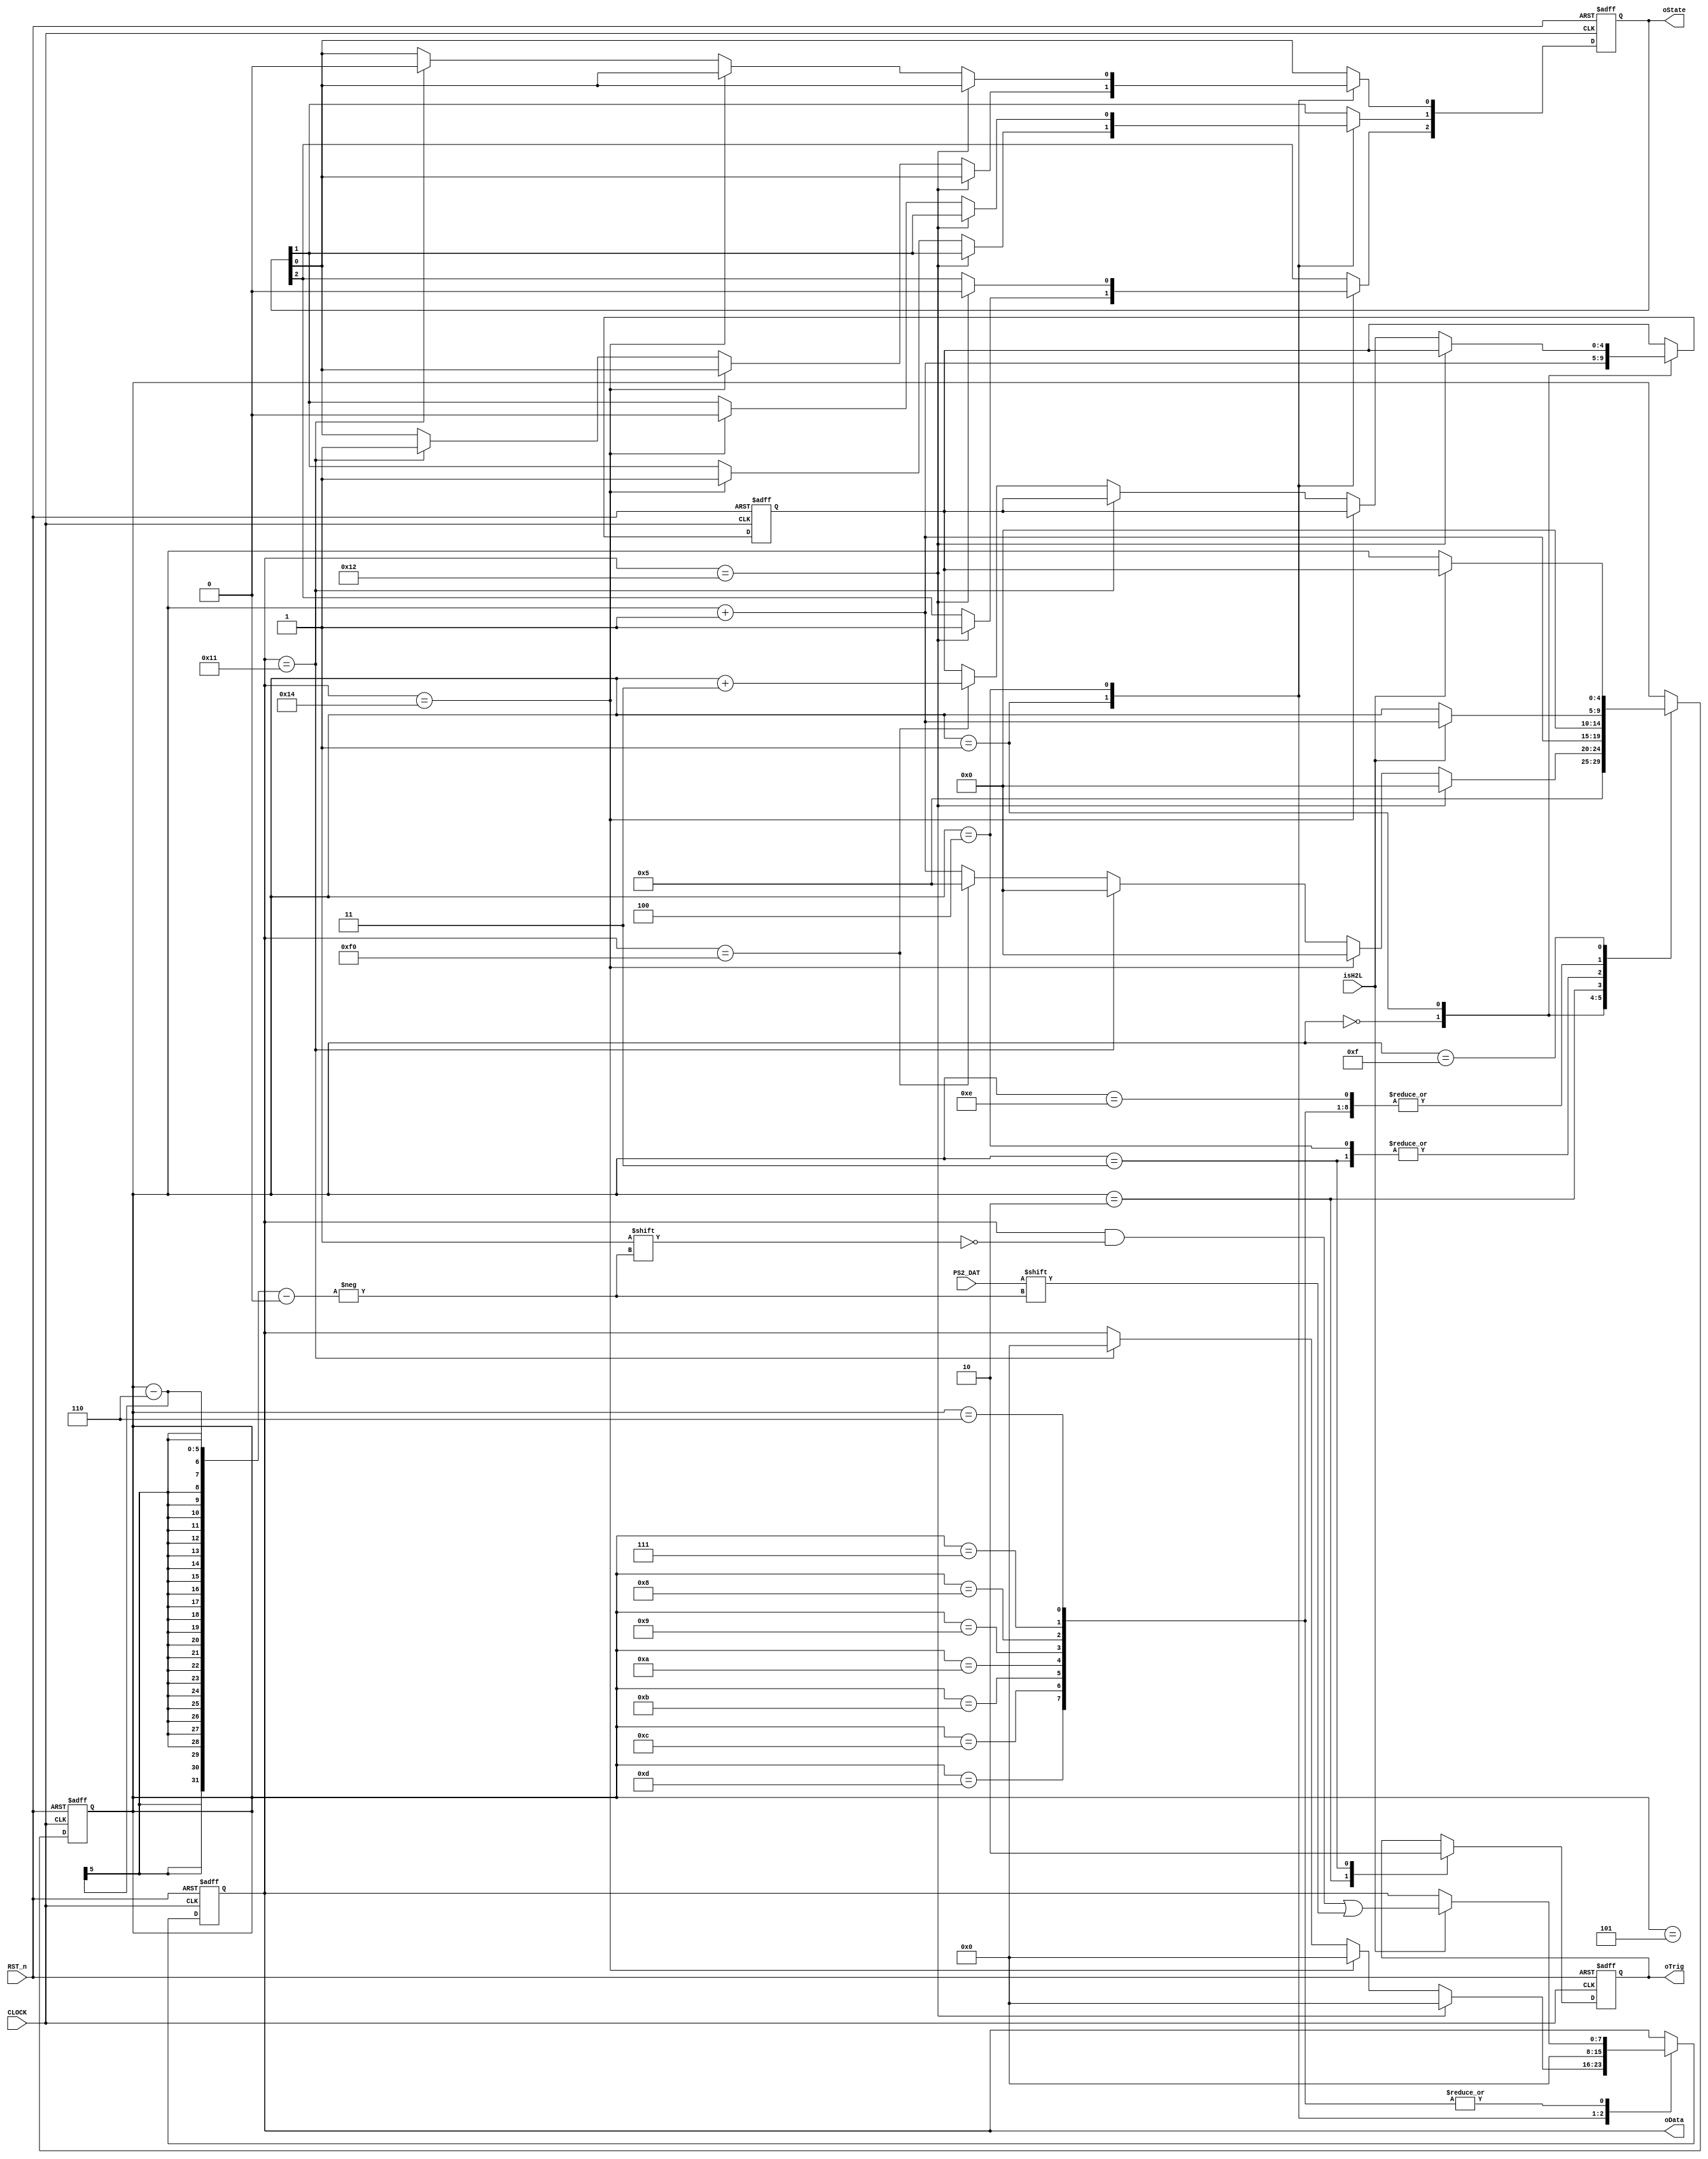
//****************************************************************************//
//# @Author: 
//# @Date:   2019-06-15 00:15:16
//# @Last Modified by:   zlk
//# @WeChat Official Account: OpenFPGA
//# @Last Modified time: 2019-06-16 22:04:55
//# Description: 
//# @Modification History: 2014-05-09 17:16:16
//# Date			    By			   Version			   Change Description: 
//# ========================================================================= #
//# 2014-05-09 17:16:16
//# ========================================================================= #
//# |                                          								| #
//# |                                OpenFPGA     							| #
//****************************************************************************//
module ps2_decode_module
(
    CLOCK, RST_n,
    isH2L,
	PS2_DAT,
	oTrig,
	oData,
	oState
);
    input CLOCK, RST_n;
    input isH2L;
	 input PS2_DAT;
	 output oTrig;
	 output [7:0]oData;
	 output [2:0]oState;
	 
    parameter LSHIFT = 8'h12, LCTRL = 8'h14, LALT = 8'h11, BREAK = 8'hF0;
	 parameter RDFUNC = 5'd5;

	 reg [7:0]D;
	 reg [2:0]S;  // [2] isShift, [1] isCtrl, [0] isAlt
	 reg [4:0]i,Go;
	 reg isDone;
	 
	 always @ ( posedge CLOCK or negedge RST_n )
	     if( !RST_n )
		      begin
				    D <= 8'd0;
					 S <= 3'd0;
					 i <= 5'd0;
					 Go <= 5'd0;
					 isDone <= 1'b0;
				end
		   else
			    case( i )
					  
					  0: // Read Make
					  begin i <= RDFUNC; Go <= i + 1'b1; end
					  
					  1: // Set Flag
					  if( D == LSHIFT ) begin S[2] <= 1'b1; D <= 8'd0; i <= 5'd0;end
					  else if( D == LCTRL ) begin S[1] <= 1'b1; D <= 8'd0; i <= 5'd0; end
					  else if( D == LALT ) begin S[0] <= 1'b1; D <= 8'd0; i <= 5'd0; end
					  else if( D == BREAK ) begin i <= RDFUNC; Go <= i + 5'd3; end
					  else begin i <= i + 1'b1; end
					  
					  2:
					  begin isDone <= 1'b1; i <= i + 1'b1; end
					  
					  3:
					  begin isDone <= 1'b0; i <= 5'd0; end
					  
					  4: // Clear Flag
					  if( D == LSHIFT  ) begin S[2] <= 1'b0; D <= 8'd0; i <= 5'd0;  end
					  else if( D == LCTRL ) begin S[1] <= 1'b0; D <= 8'd0; i <= 5'd0; end
					  else if( D == LALT ) begin S[0] <= 1'b0; D <= 8'd0; i <= 5'd0;  end
					  else begin D <= 8'd0; i <= 5'd0; end

					  /****************/ // PS2 Read Function
					  
					  5:  // Start bit
					  if( isH2L ) i <= i + 1'b1; 
					  
					  6,7,8,9,10,11,12,13:  // Data byte
					  if( isH2L ) begin i <= i + 1'b1; D[ i-6 ] <= PS2_DAT; end
					  
					  14: // Parity bit
					  if( isH2L ) i <= i + 1'b1;
					  
					  15: // Stop bit
					  if( isH2L ) i <= Go;
					    
				 endcase
	 
	 assign oTrig = isDone;
	 assign oData = D;
	 assign oState = S;
	
endmodule